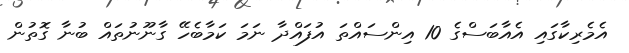
އެމެރިކާގައި އެއާބަސްގެ 10 އިންސައްތަ އުފައްދާ ނަމަ ކަމާބެހޭ ގާނޫނުތައް ބުނާ ގޮތުން